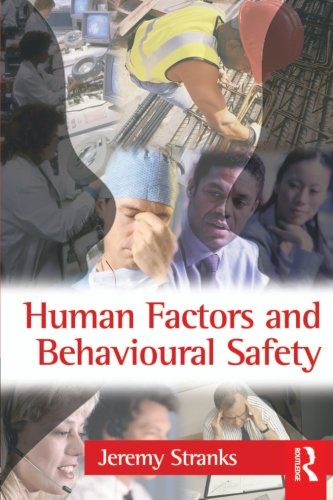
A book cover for Human Factors and Behavioural Safety; Jeremy Stranks; Health, Fitness & Dieting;